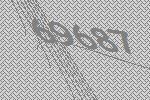
69687